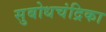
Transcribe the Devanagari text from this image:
सुबोधचंद्रिका